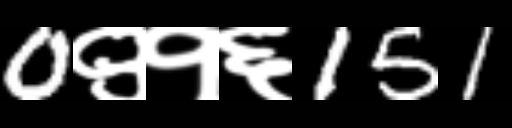
Text: 0९१६151